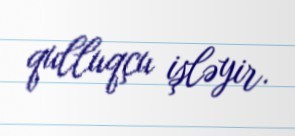
qulluqçu işləyir.